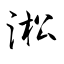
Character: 淞